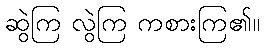
ဆွဲကြ လွဲကြ ကစားကြ၏။